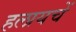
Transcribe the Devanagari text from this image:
हलायचें